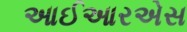
આઈઆરએસ